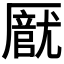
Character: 𠪽